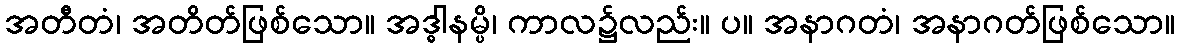
အတီတံ၊ အတိတ်ဖြစ်သော။ အဒ္ဓါနမ္ပိ၊ ကာလ၌လည်း။ ပ။ အနာဂတံ၊ အနာဂတ်ဖြစ်သော။